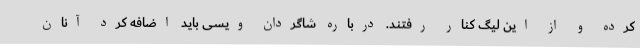
کرده و از این لیگ کنار رفتند. درباره شاگردان ویسی باید اضافه کرد آنان